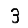
Digit: 3